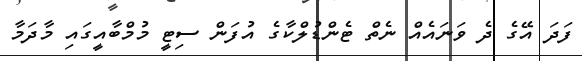
ފަދަ އޭގެ ދެ ވަނައެއް ނެތް ޓެންޑުލްކާގެ އުފަން ސިޓީ މުމްބާއީގައި މާދަމާ